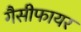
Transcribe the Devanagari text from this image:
गैसीफायर